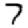
Digit: 7